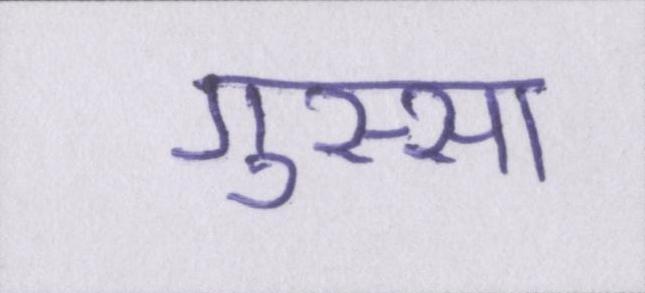
गुस्सा